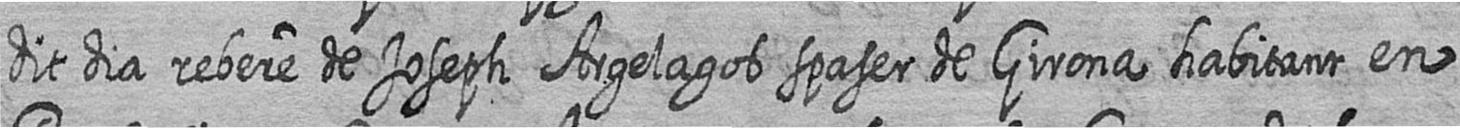
dit dia rebere de Joseph Argelagos spaser de Girona habitant en